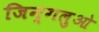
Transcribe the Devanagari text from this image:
जिन्गलुओ